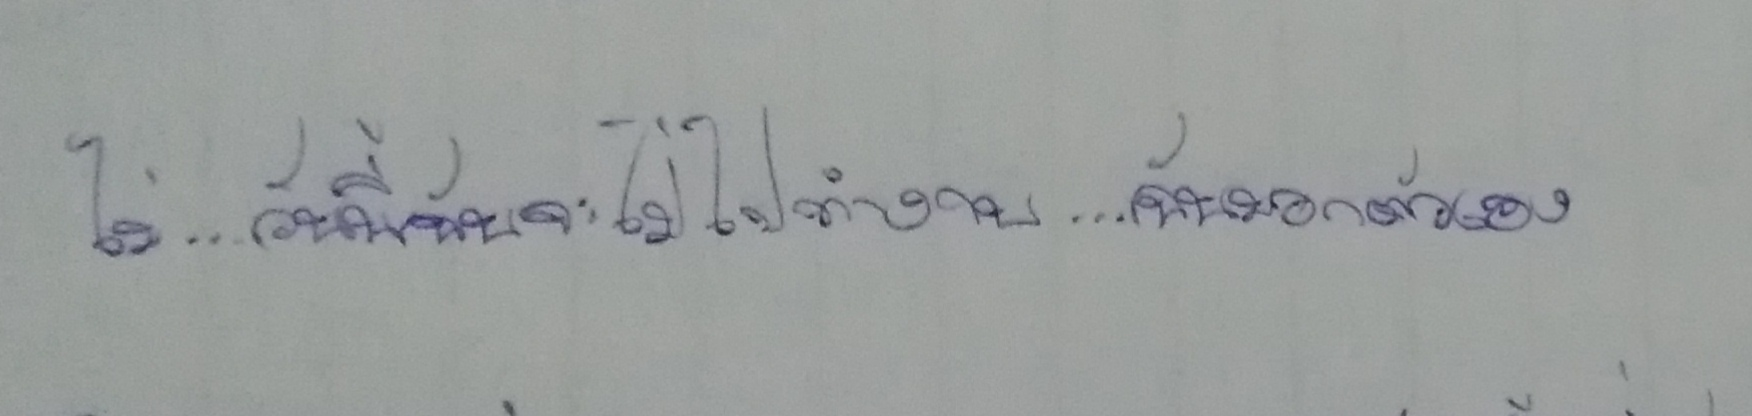
ไม่...วันนี้ฉันจะไม่ไปทำงาน...ฉันบอกตัวเอง